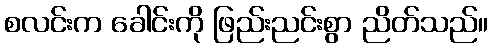
စလင်းက ခေါင်းကို ဖြည်းညင်းစွာ ညိတ်သည်။